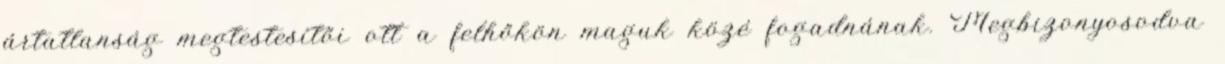
ártatlanság megtestesítői ott a felhőkön maguk közé fogadnának. Megbizonyosodva